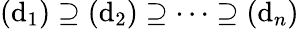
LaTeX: (\mathrm{d}_{1})\supseteq(\mathrm{d}_{2})\supseteq\cdots\supseteq(\mathrm{d}_{n})